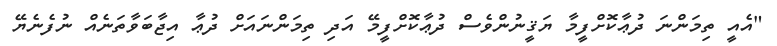
"އެއީ ތިމަންނަ ދުޢާކޮށްފީމާ ޔަޤީނުންވެސް ދުޢާކޮށްފީމޭ އަދި ތިމަންނައަށް ދުޢާ އިޖާބަވާތަނެއް ނުފެނެޔޭ